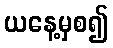
ယနေ့မှစ၍